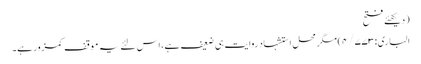
(دیکھئے فتح
الباری:۴/۷۷۳) مگر محل استشہاد روایت ہی ضعیف ہے، اس لئے یہ موقف کمزور ہے۔